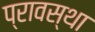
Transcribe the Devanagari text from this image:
प्रावस्‍था